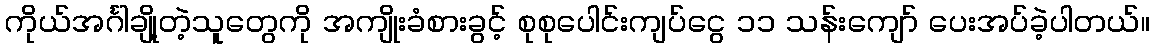
ကိုယ်အင်္ဂါချို့တဲ့သူတွေကို အကျိုးခံစားခွင့် စုစုပေါင်းကျပ်ငွေ ၁၁ သန်းကျော် ပေးအပ်ခဲ့ပါတယ်။